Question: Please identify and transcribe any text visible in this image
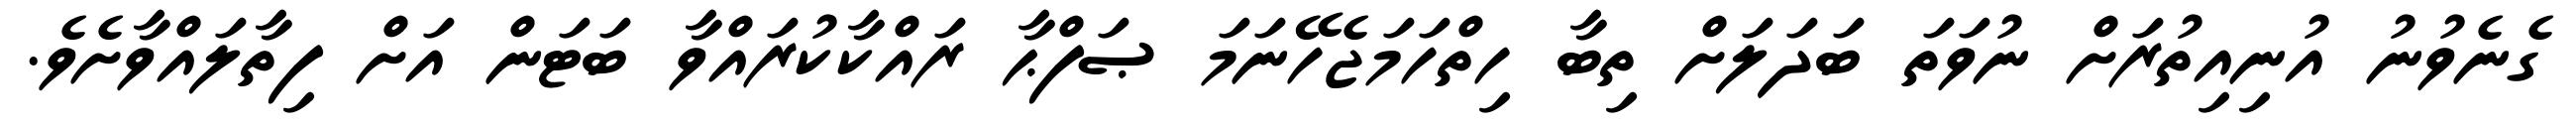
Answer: ގެނެވުނު އުނިއިތުރަށް ނުވަތަ ބަދަލަށް ތިބާ ހިތްހަމަޖެހޭނަމަ ޞަފްޙާ ރައްކާކުރައްވާ ބަޓަން އަށް ފިތާލައްވާށެވެ.